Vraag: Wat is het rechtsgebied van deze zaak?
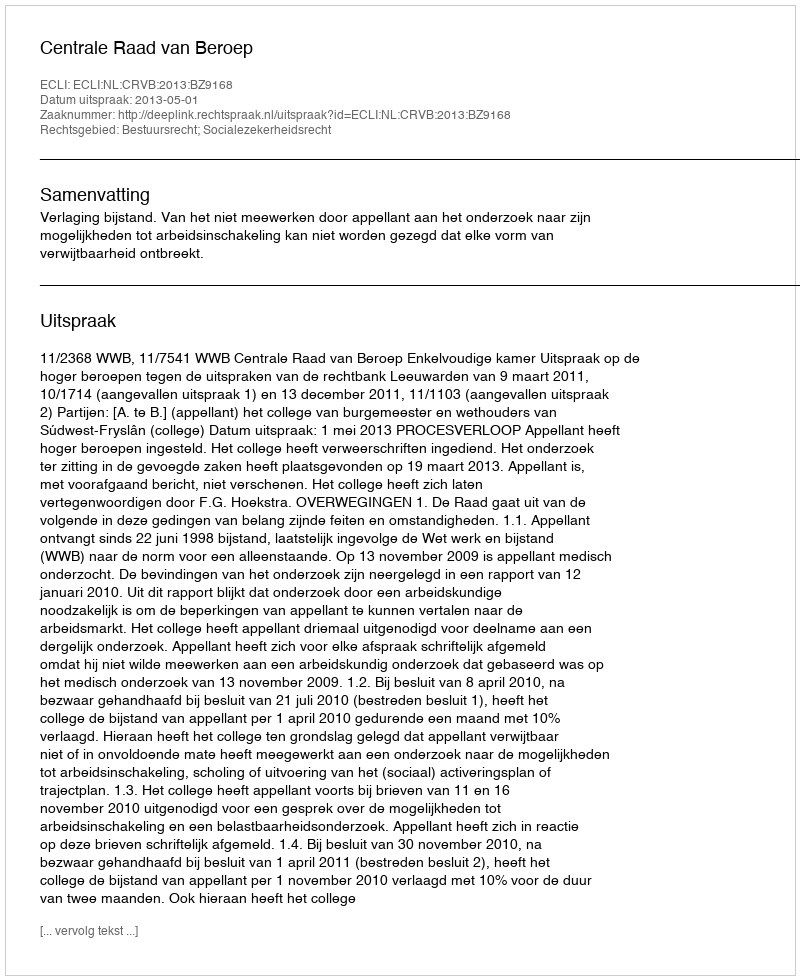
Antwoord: Bestuursrecht; Socialezekerheidsrecht